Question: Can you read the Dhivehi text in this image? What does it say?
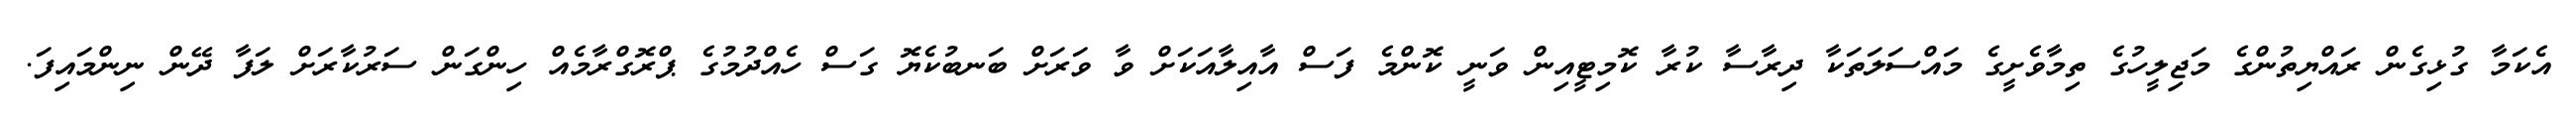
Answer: އެކަމާ ގުޅިގެން ރައްޔިތުންގެ މަޖިލީހުގެ ތިމާވެށީގެ މައްސަލަތަކާ ދިރާސާ ކުރާ ކޮމިޓީއިން ވަނީ ކޮންމެ ފަސް އާއިލާއަކަށް ވާ ވަރަށް ބަނބުކެޔޮ ގަސް ހެއްދުމުގެ ޕްރޮގްރާމެއް ހިންގަން ސަރުކާރަށް ލަފާ ދޭން ނިންމައިފަ.